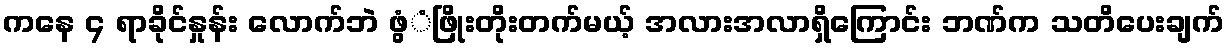
ကနေ ၄ ရာခိုင်နှုန်း လောက်ဘဲ ဖွံံဖြိုးတိုးတက်မယ့် အလားအလာရှိကြောင်း ဘဏ်က သတိပေးချက်